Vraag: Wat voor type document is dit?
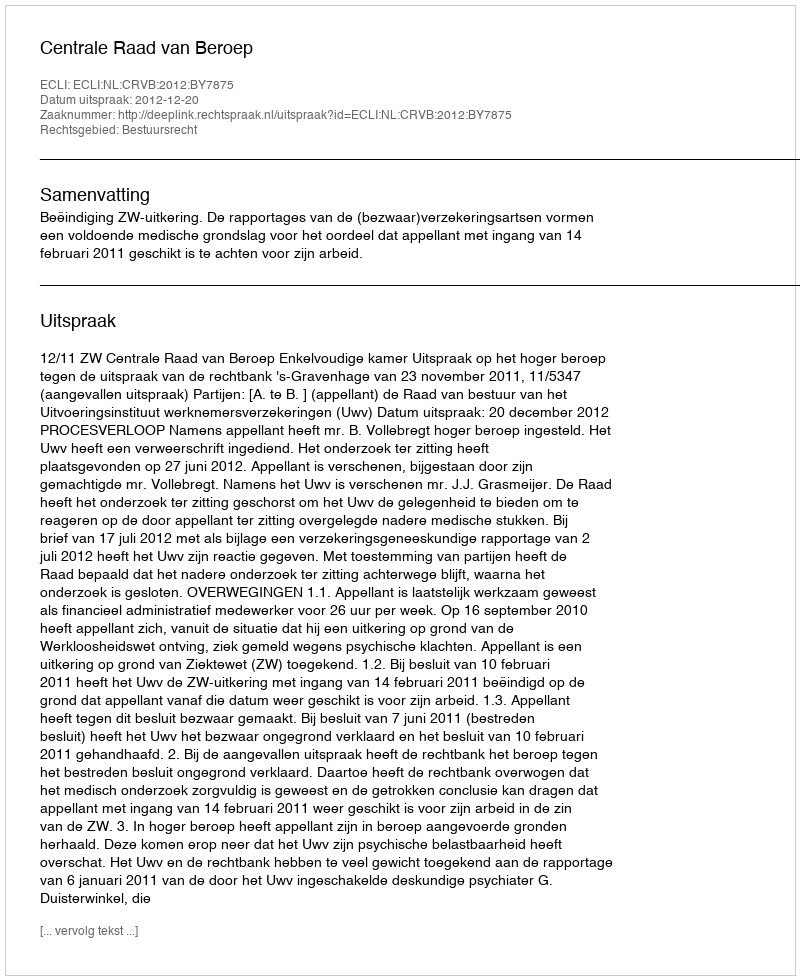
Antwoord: Uitspraak